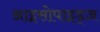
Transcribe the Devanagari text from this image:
आइसोपाइड्ज़